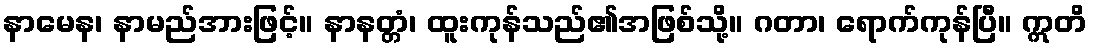
နာမေန၊ နာမည်အားဖြင့်။ နာနတ္တံ၊ ထူးကုန်သည်၏အဖြစ်သို့။ ဂတာ၊ ရောက်ကုန်ပြီ။ ဣတိ